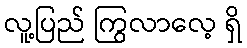
လူ့ပြည် ကြွလာလေ့ ရှိ